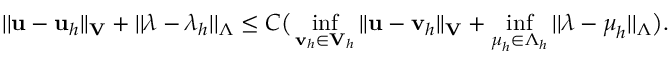
| | { \bf u } - { \bf u } _ { h } | | _ { \bf V } + | | \boldsymbol \lambda - \boldsymbol \lambda _ { h } | | _ { \boldsymbol \Lambda } \le C \big ( \operatorname* { i n f } _ { { \bf v } _ { h } \in { \bf V } _ { h } } | | { \bf u } - { \bf v } _ { h } | | _ { \bf V } + \operatorname* { i n f } _ { \boldsymbol \mu _ { h } \in \boldsymbol \Lambda _ { h } } | | \boldsymbol \lambda - \boldsymbol \mu _ { h } | | _ { \boldsymbol \Lambda } \big ) .